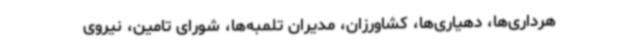
هرداری‌ها، دهیاری‌ها، کشاورزان، مدیران تلمبه‌ها، شورای تامین، نیروی